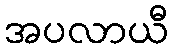
အပလာယီ